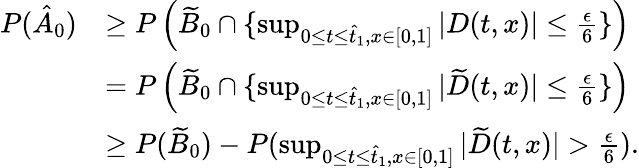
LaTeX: \begin{array}{rl}{P(\hat{A}_{0})}&{\geq P\left(\widetilde{B}_{0}\cap\{ \operatorname*{sup}_{0\leq t\leq\hat{t}_{1},x\in[0,1]}|D(t,x)|\leq\frac{\epsilon}{6}\} \right)}\\ &{=P\left(\widetilde{B}_{0}\cap\{ \operatorname*{sup}_{0\leq t\leq\hat{t}_{1},x\in[0,1]}|\widetilde{D}(t,x)|\leq\frac{\epsilon}{6}\} \right)}\\ &{\geq P(\widetilde{B}_{0})-P(\operatorname*{sup}_{0\leq t\leq\hat{t}_{1},x\in[0,1]}|\widetilde{D}(t,x)|>\frac{\epsilon}{6}).}\end{array}